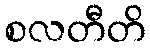
စလတီတိ